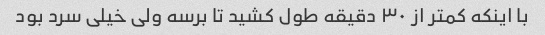
با اینکه کمتر از ۳۰ دقیقه طول کشید تا برسه ولی خیلی سرد بود